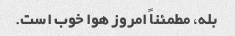
بله، مطمئناً امروز هوا خوب است.